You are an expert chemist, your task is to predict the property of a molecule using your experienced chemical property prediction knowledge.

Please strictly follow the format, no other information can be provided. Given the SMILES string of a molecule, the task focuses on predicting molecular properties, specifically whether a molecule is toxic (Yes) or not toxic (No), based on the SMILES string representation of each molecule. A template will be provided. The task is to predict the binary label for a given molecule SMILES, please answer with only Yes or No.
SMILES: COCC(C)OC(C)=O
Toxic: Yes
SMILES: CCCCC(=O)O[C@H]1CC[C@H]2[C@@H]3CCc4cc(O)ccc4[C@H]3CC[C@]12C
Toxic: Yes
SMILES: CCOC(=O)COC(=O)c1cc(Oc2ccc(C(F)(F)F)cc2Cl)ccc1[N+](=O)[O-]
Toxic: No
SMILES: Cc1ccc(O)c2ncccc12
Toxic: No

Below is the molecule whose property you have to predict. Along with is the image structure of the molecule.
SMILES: CN(C)c1ccc(N)cc1
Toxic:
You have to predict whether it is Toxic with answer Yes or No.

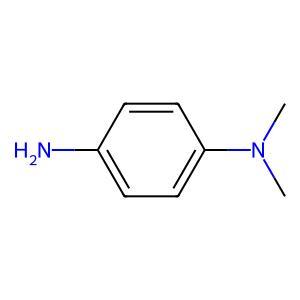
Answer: No